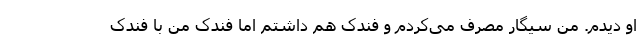
او دیدم. من سیگار مصرف می‌کردم و فندک هم داشتم اما فندک من با فندک